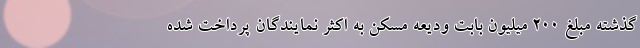
گذشته مبلغ ۲۰۰ میلیون بابت ودیعه مسکن به اکثر نمایندگان پرداخت شده